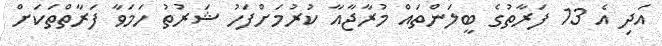
އަދި އެ 13 ފަރާތުގެ ބީލަންތައް މުރާޖާއާ ކުރުމަށްފަހު ޝަރުތު ހަމަވާ ފަރާތްތަކަށް